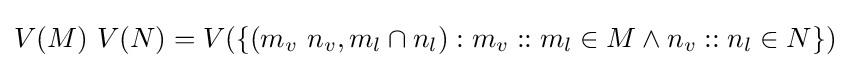
V(M)\ V(N)=V(\{(m_{v}\ n_{v},m_{l}\cap n_{l}):m_{v}::m_{l}\in M\land n_{v}::n_{l}\in N\})